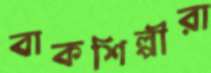
বাকশিল্পীরা